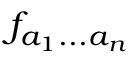
f _ { a _ { 1 } . . . a _ { n } }